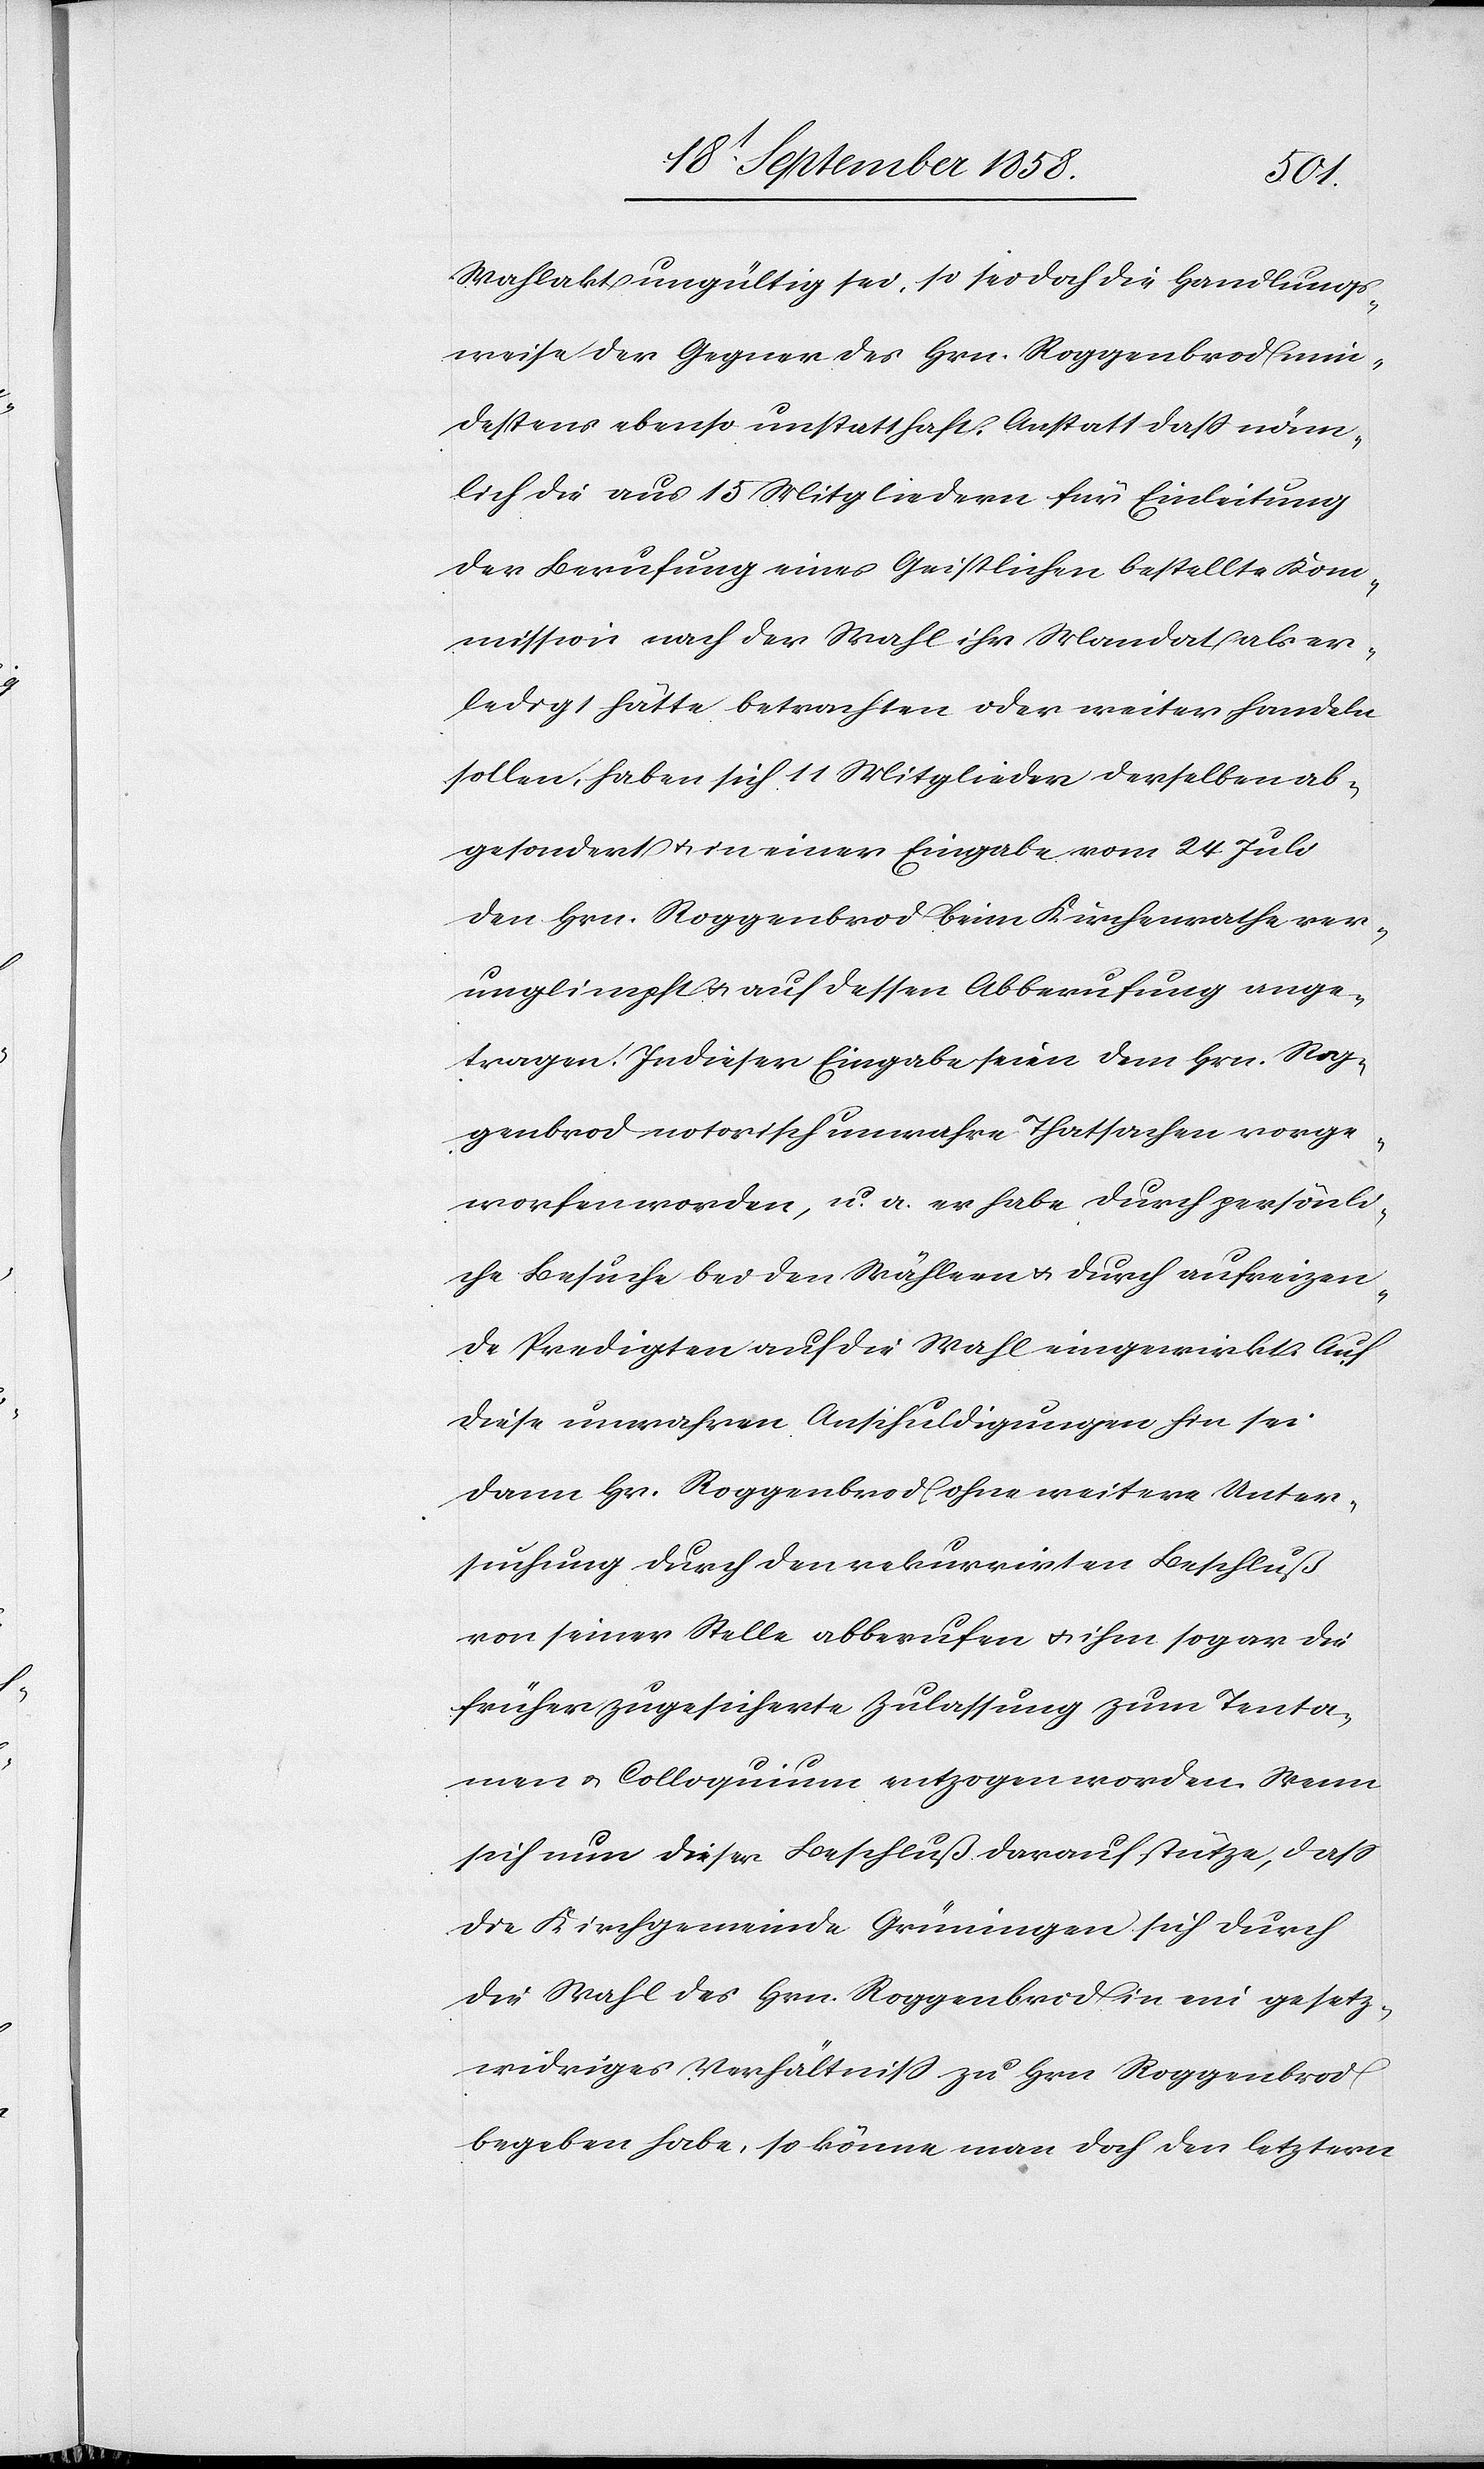
Wahlakt ungültig sei, so sei doch die Handlungs¬
weise der Gegner des Hrn. Roggenbrod min¬
destens ebenso unstatthaft. Anstatt daß näm¬
lich die aus 15 Mitgliedern für Einleitung
der Berufung eines Geistlichen bestellte Kom¬
mission nach der Wahl ihr Mandat als er¬
ledigt hätte betrachten oder weiter handeln
sollen, haben sich 11 Mitglieder derselben ab¬
gesondert & in einer Eingabe vom 24 Juli
den Hrn. Roggenbrod beim Kirchenrathe ver¬
unglimpft & auf dessen Abberufung ange¬
tragen. In dieser Eingabe seien dem Hrn. Rog¬
genbrod notorisch unwahre Thatsachen vorge¬
worfen worden, u. a. er habe durch persönli¬
che Besuche bei den Wählern & durch aufreizen¬
de Predigten auf die Wahl eingewirkt. Auf
diese unwahren Anschuldigungen hin sei
dann Hr. Roggenbrod ohne weitere Unter¬
suchung durch den rekurrirten Beschluß
von seiner Stelle abberufen & ihm sogar die
früher zugesicherte Zulassung zum Tenta¬
men & Colloquium entzogen worden. Wenn
sich nun dieser Beschluß darauf stütze, dass
die Kirchgemeinde Grüningen sich durch
die Wahl des Hrn. Roggenbrod in ein gesetz¬
widriges Verhältniss zu Hrn. Roggenbrod
begeben habe, so könne man doch den letztern